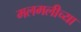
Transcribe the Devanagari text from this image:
मलमलीच्या